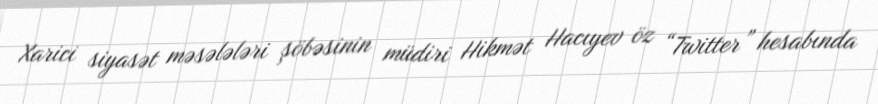
Xarici siyasət məsələləri şöbəsinin müdiri Hikmət Hacıyev öz “Twitter” hesabında